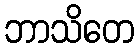
ဘာသိတေ